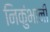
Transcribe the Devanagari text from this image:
निकुंभानी